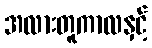
အလားတူကာလနှင့်